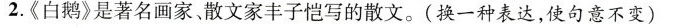
2.《白鹅》是著名画家。散文家丰子恺写的散文。(换一种表达，使句意不变)